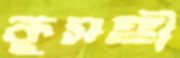
কুসঙ্গী